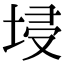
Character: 埐